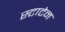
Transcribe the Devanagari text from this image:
स्टाटेन